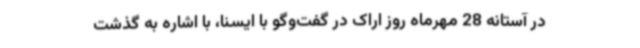
در آستانه 28 مهرماه روز اراک در گفت‌وگو با ایسنا، با اشاره به گذشت